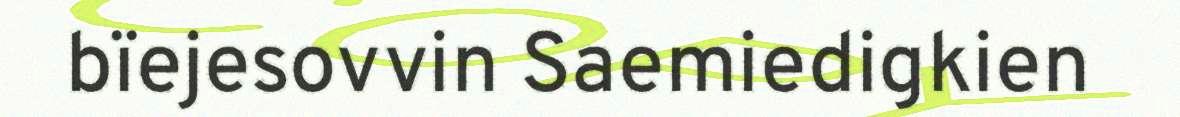
bïejesovvin Saemiedigkien